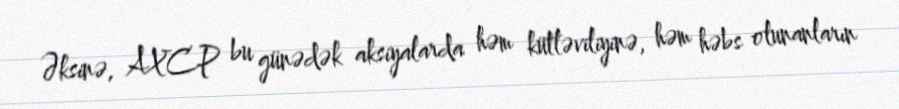
Əksinə, AXCP bu günədək aksiyalarda həm kütləviliyinə, həm həbs olunanların